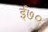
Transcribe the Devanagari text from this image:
ई७०